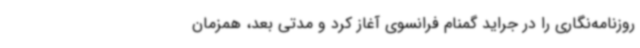
روزنامه‌نگاری را در جراید گمنام فرانسوی آغاز کرد و مدتی بعد، همزمان